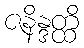
ဇနိန္ဒတ္ထိ